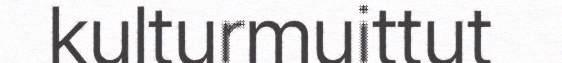
kulturmuittut